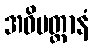
အဓိမတ္တာနံ